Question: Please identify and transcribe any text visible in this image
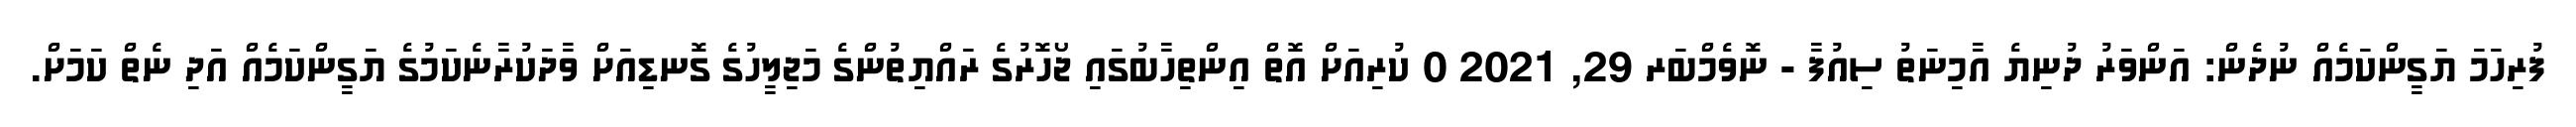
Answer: ފުރިހަމަ ޔަގީންކަމެއް ނުދެން: އަންވަރު ދުނިޔެ އާމިނަތު ސިއުފާ - ނޮވެމްބަރ 29, 2021 0 ކުރިއަށް އޮތް އިންތިހާބުގައި ޖޯހޮރުގެ ރައްޔިތުންގެ މަޖިލީހުގެ ގޮނޑިއަށް ވާދަކުރާނެކަމުގެ ޔަގީންކަމެއް އަދި ނެތް ކަމަށް.